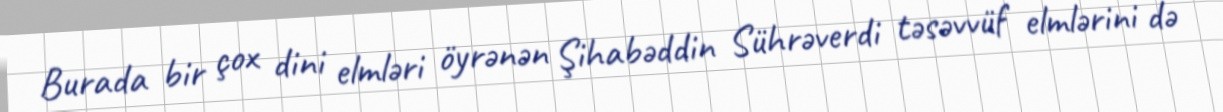
Burada bir çox dini elmləri öyrənən Şihabəddin Sührəverdi təsəvvüf elmlərini də